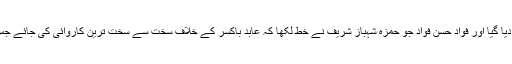
انہوں نے کہا کہ بعد میں مجھے ہی کیسسز میں پھنسا دیا گیا اور فواد حسن فواد جو حمزہ شہباز شریف نے خط لکھا کہ عابد باکسر کے خلاف سخت سے سخت ترین کاروائی کی جائے جس کے بعد فواد حسن فواد نے مجھے نظر بند کروا دیا ۔